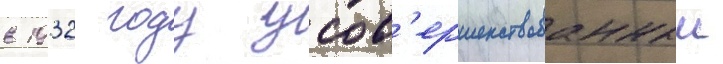
в 1932 году усов'ершенствованныи